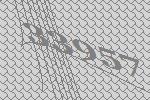
33957